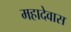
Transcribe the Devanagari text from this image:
महादेवास